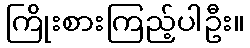
ကြိုးစားကြည့်ပါဦး။